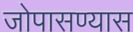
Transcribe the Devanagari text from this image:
जोपासण्यास